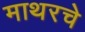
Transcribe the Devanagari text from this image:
माथरचे